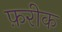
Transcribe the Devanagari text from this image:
फ़रीक